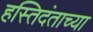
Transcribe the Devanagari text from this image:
हस्तिदंताच्या